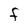
Character: f